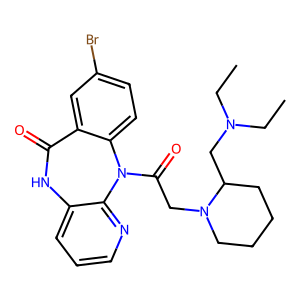
SMILES: CCN(CC)CC1CCCCN1CC(=O)N1c2ccc(Br)cc2C(=O)Nc2cccnc21
Inhibits HIV replication: No